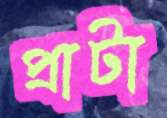
প্রাটা